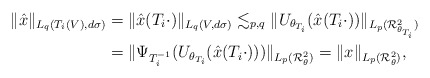
\begin{align*} \|\hat{x}\|_{L_q(T_i(V),d\sigma)}&=\|\hat{x}(T_i\cdot)\|_{L_q(V,d\sigma)}\lesssim_{p,q}\|U_{\theta_{T_i}}(\hat{x}(T_i\cdot))\|_{L_p(\mathcal{R}_{\theta_{T_i}}^2)}\\ &=\|\Psi_{T_i^{-1}}(U_{\theta_{T_i}}(\hat{x}(T_i\cdot)))\|_{L_p(\mathcal{R}_{\theta}^2)}=\|x\|_{L_p(\mathcal{R}_{\theta}^2)}, \end{align*}